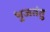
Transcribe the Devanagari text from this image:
भुजतंतु